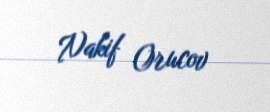
Nakif Orucov